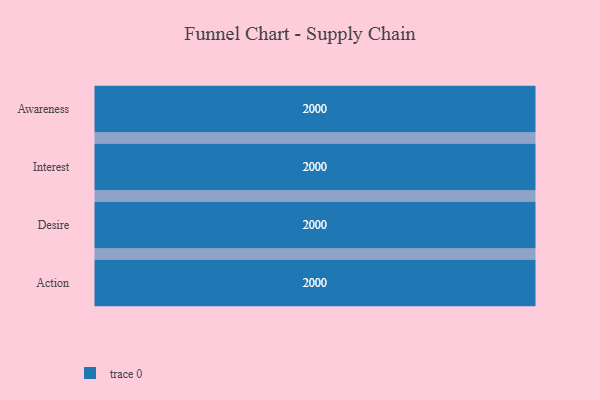
{"axis": {"x": "Stage", "y": "Value"}, "legend": [""], "data": [{"x": "Awareness", "y": 2000, "type": ""}, {"x": "Interest", "y": 2000, "type": ""}, {"x": "Desire", "y": 2000, "type": ""}, {"x": "Action", "y": 2000, "type": ""}]}